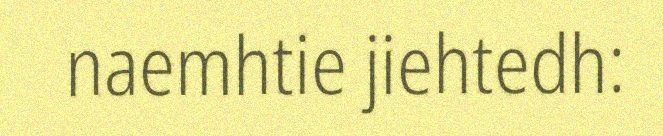
naemhtie jiehtedh: